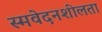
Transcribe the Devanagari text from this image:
स्मवेदनशीलता